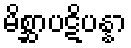
မိစ္ဆာပဋိပန္နာ